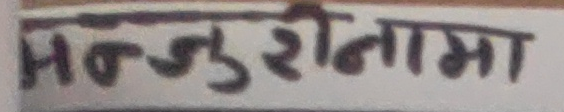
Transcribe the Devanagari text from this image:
मन्जुरानामा